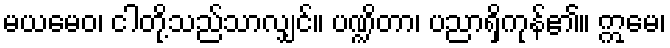
မယမေဝ၊ ငါတို့သည်သာလျှင်။ ပဏ္ဍိတာ၊ ပညာရှိကုန်၏။ ဣမေ၊